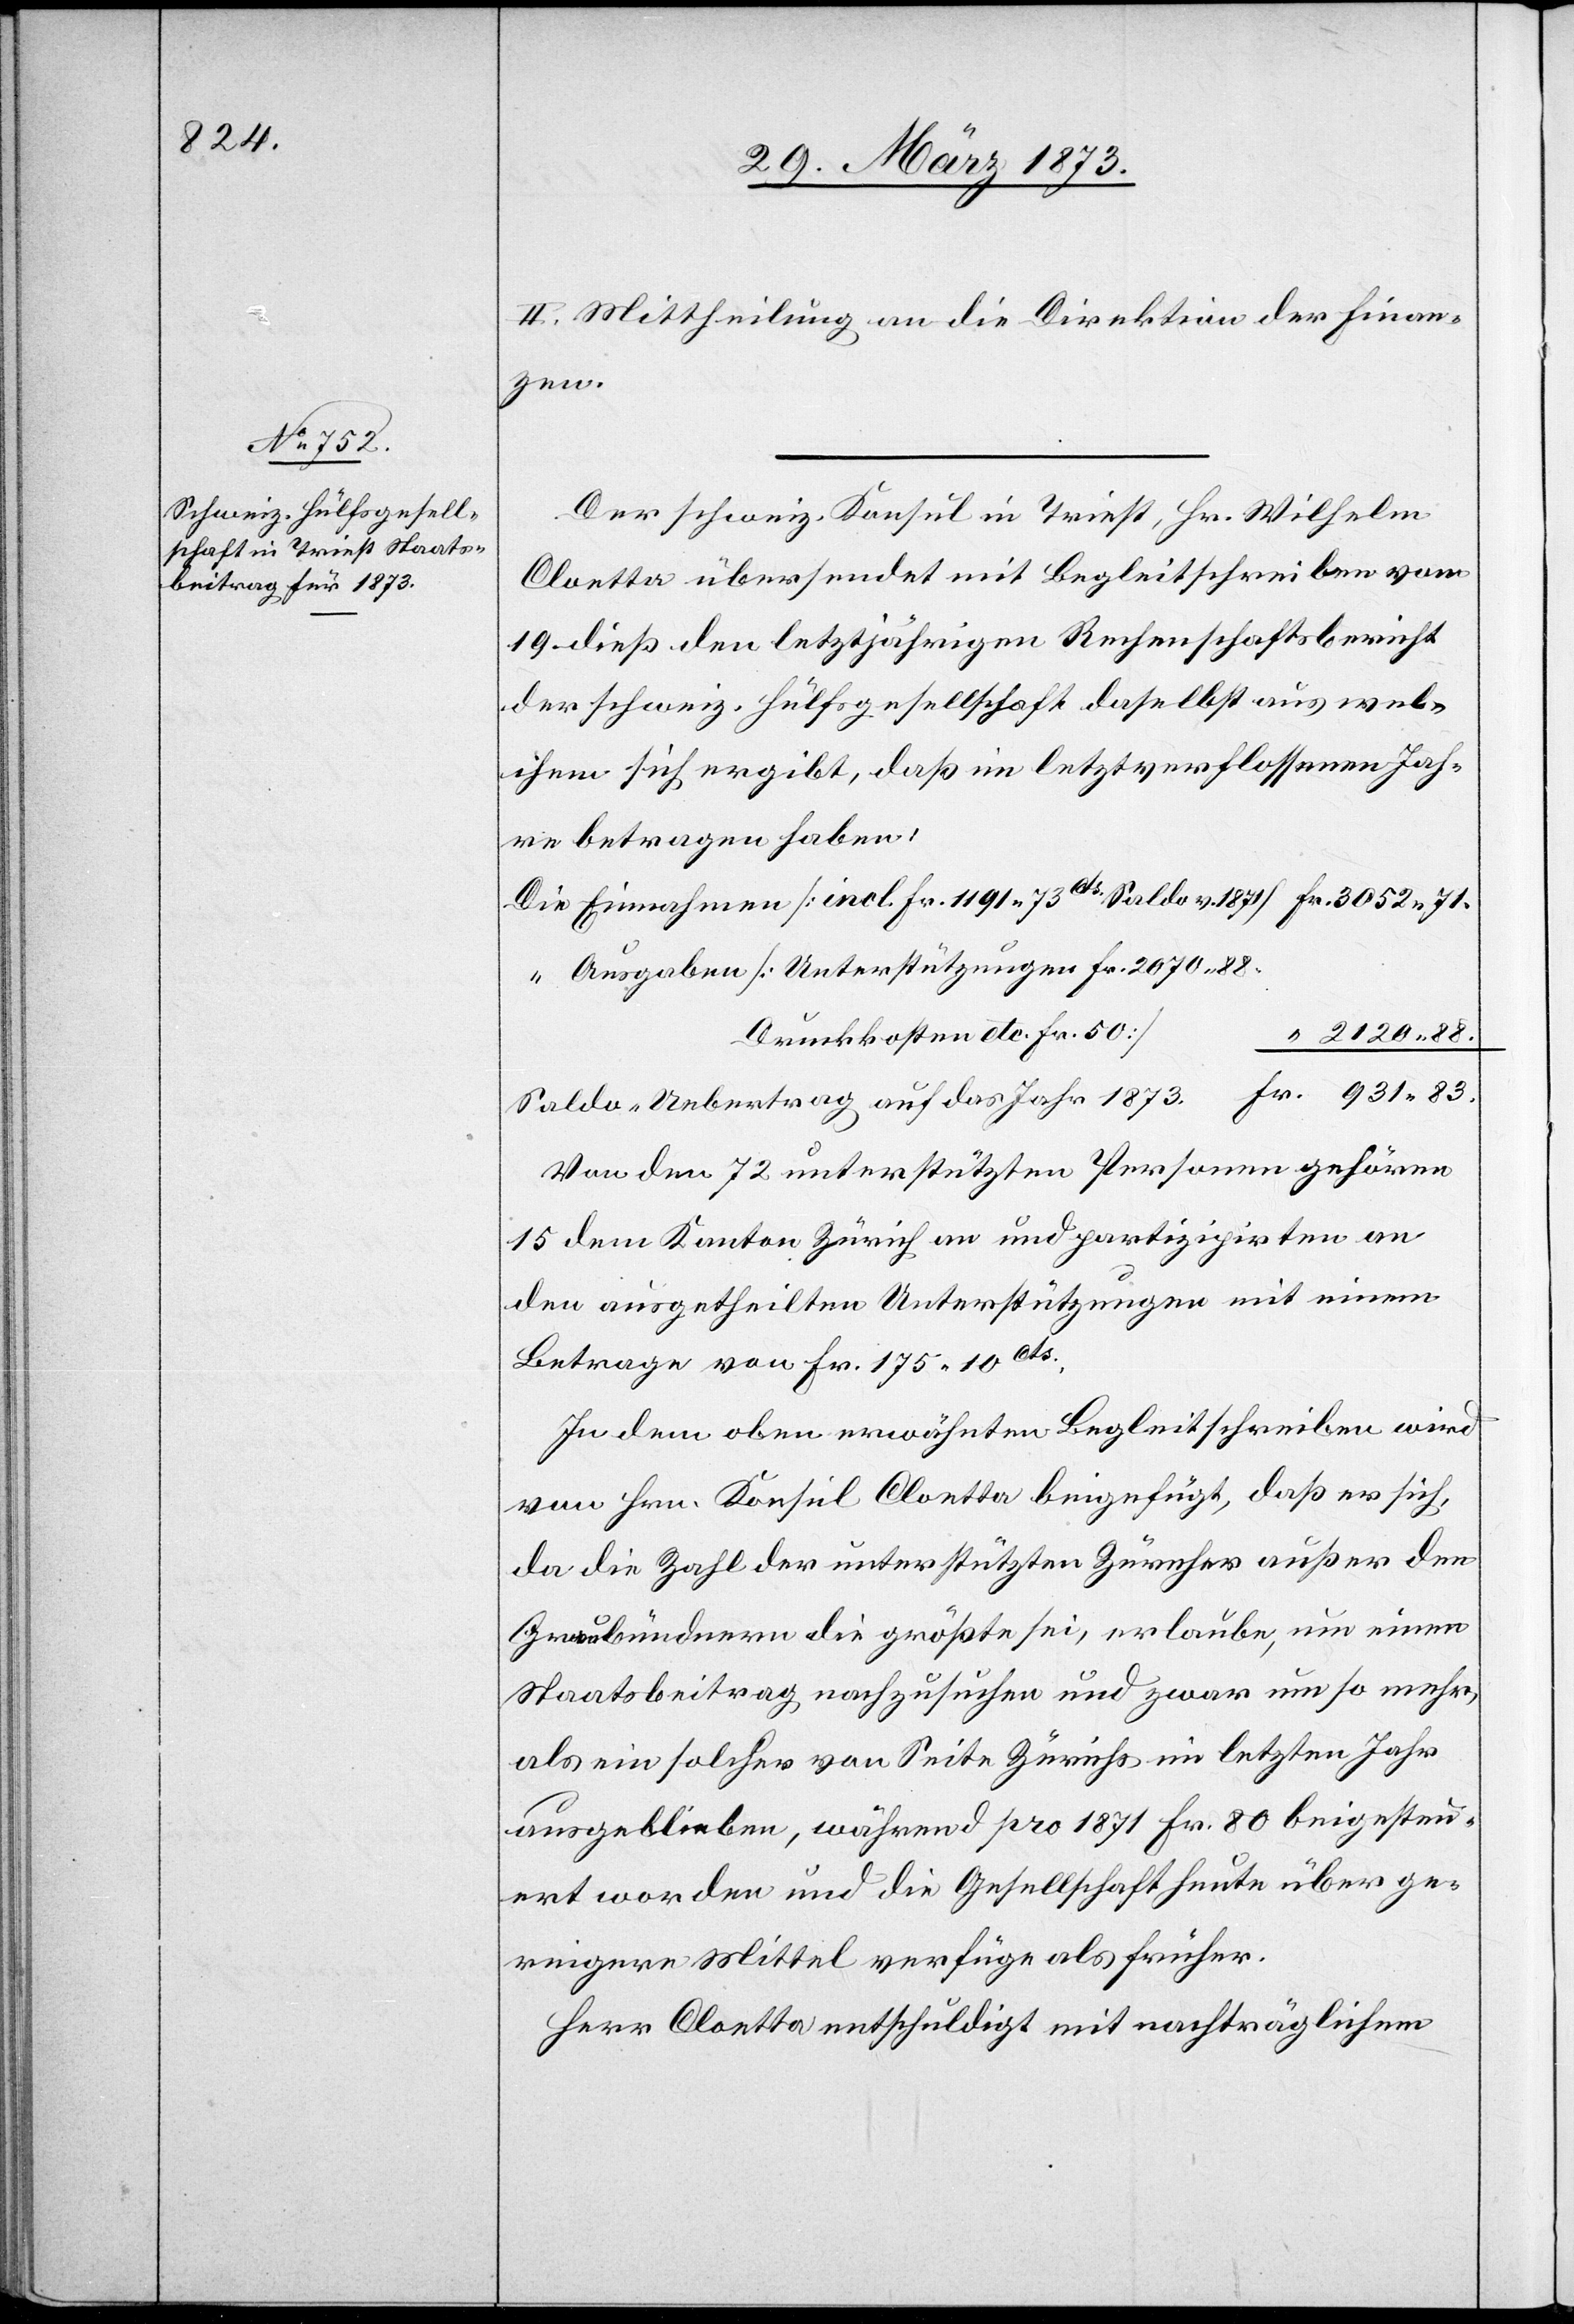
II. Mittheilung an die Direktion der Finan¬
Jah¬
Der schweiz. Konsul in Triest, Hr. Wilhelm
Cloetta übersendet mit Begleitschreiben vom
19. dieß den letztjährigen Rechenschaftsbericht
der schweiz. Hülfsgesellschaft daselbst aus wel¬
chem sich ergibt, daß in letztverflossenen
re betragen haben:
Die Einnahmen [incl. Fr. 1191. 73cts. Saldo v. 1871] Fr. 3052. 71.
“ Ausgaben [Unterstützungen Fr. 2070. 88.
Druckkosten etc. Fr. 50]
“ 2120. 88.
Saldo Uebertrag auf das Jahr 1873.			 “ 931. 83.
Von den 72 unterstützten Personen gehören
15 dem Kanton Zürich an und partizipirten an
den ausgetheilten Unterstützungen mit einem
Betrage von Fr. 175. 10cts..
In dem oben erwähnten Begleitschreiben wird
von Hrn. Konsul Cloetta beigefügt, daß er sich,
da die Zahl der unterstützten Zürcher außer den
Graubündnern die größte sei, erlaube, um einen
Staatsbeitrag nachzusuchen und zwar umso mehr,
als ein solcher von Seite Zürichs im letzten Jahr
ausgeblieben, während pro 1871 Fr. 80 beigesteu¬
ert worden und die Gesellschaft heute über ge¬
ringere Mittel verfüge als früher.
Herr Cloetta entschuldigt mit nachträglichem